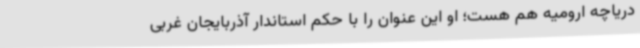
دریاچه ارومیه هم هست؛ او این عنوان را با حکم استاندار آذربایجان غربی